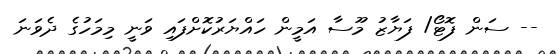
-- ސަން ފޮޓޯ/ ފަޔާޒު މޫސާ އަމީން ހައްޔަރުކޮށްފައި ވަނީ މިމަހުގެ ދެވަނަ